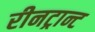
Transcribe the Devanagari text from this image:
रीनट्रान्ट